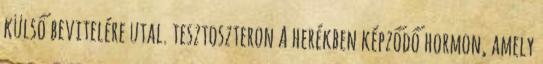
külső bevitelére utal. tesztoszteron A herékben képződő hormon, amely